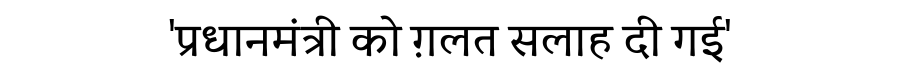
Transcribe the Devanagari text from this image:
'प्रधानमंत्री को ग़लत सलाह दी गई'